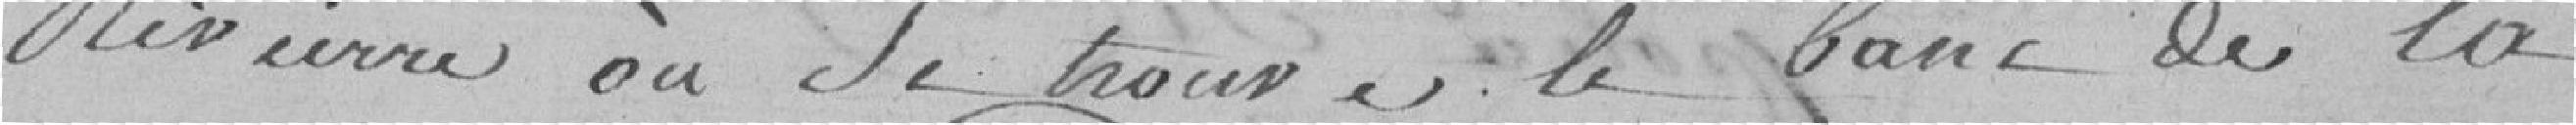
rivière où se trouve le banc de la